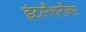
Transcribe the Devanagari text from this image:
इंटरनैशनौक्स